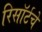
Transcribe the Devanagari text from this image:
रिसॉर्टचे